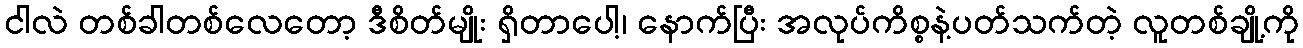
ငါလဲ တစ်ခါတစ်လေတော့ ဒီစိတ်မျိုး ရှိတာပေါ့၊ နောက်ပြီး အလုပ်ကိစ္စနဲ့ပတ်သက်တဲ့ လူတစ်ချို့ကို